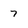
Character: 7